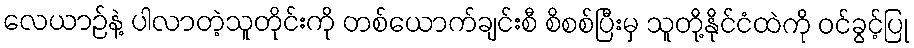
လေယာဉ်နဲ့ ပါလာတဲ့သူတိုင်းကို တစ်ယောက်ချင်းစီ စိစစ်ပြီးမှ သူတို့နိုင်ငံထဲကို ဝင်ခွင့်ပြု